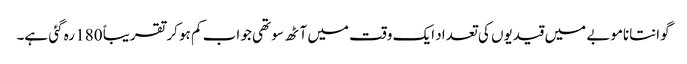
گوانتاناموبے میں قیدیوں کی تعداد ایک وقت میں آٹھ سو تھی جو اب کم ہو کر تقریباً 180 رہ گئی ہے۔